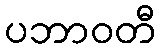
ပဘာဝတီ